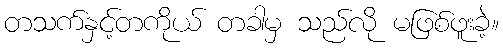
တသက်နှင့်တကိုယ် တခါမှ သည်လို မဖြစ်ဖူးခဲ့။